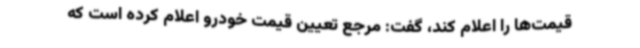
قیمت‌ها را اعلام کند، گفت: مرجع تعیین قیمت خودرو اعلام کرده است که